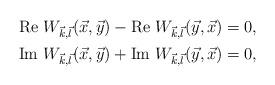
LaTeX: \begin{align*}{\rm Re}\ W_{\vec{k}, \vec{l}}(\vec{x}, \vec{y}) - {\rm Re}\ W_{\vec{k}, \vec{l}}(\vec{y}, \vec{x}) &= 0, \\{\rm Im}\ W_{\vec{k}, \vec{l}}(\vec{x}, \vec{y}) + {\rm Im}\ W_{\vec{k}, \vec{l}}(\vec{y}, \vec{x}) &= 0,\end{align*}